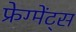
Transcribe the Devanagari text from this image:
फ्रेग्मेंट्स